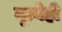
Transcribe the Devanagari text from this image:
नृत्येही